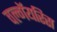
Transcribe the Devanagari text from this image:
वल्गॅयरिस